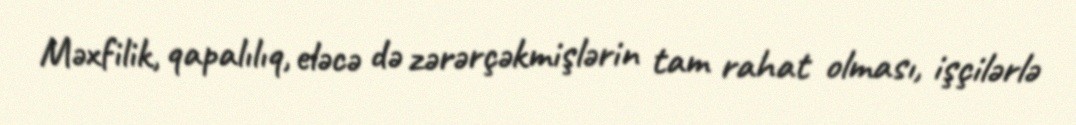
Məxfilik, qapalılıq, eləcə də zərərçəkmişlərin tam rahat olması, işçilərlə